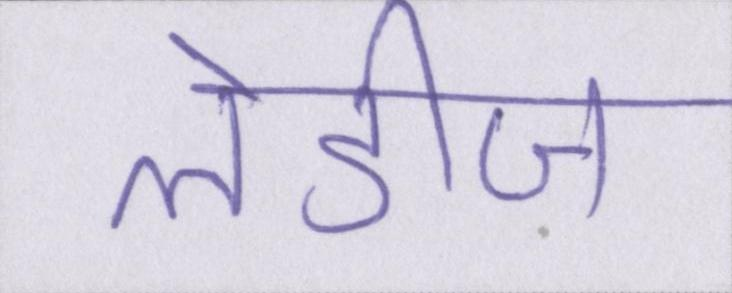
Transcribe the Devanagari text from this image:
लेडीज